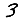
Digit: 3